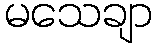
မသေချာ